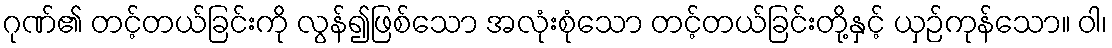
ဂုဏ်၏ တင့်တယ်ခြင်းကို လွန်၍ဖြစ်သော အလုံးစုံသော တင့်တယ်ခြင်းတို့နှင့် ယှဉ်ကုန်သော။ ဝါ၊